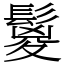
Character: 鬉